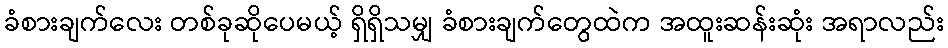
ခံစားချက်လေး တစ်ခုဆိုပေမယ့် ရှိရှိသမျှ ခံစားချက်တွေထဲက အထူးဆန်းဆုံး အရာလည်း